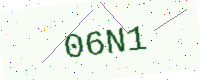
Text: 06N1